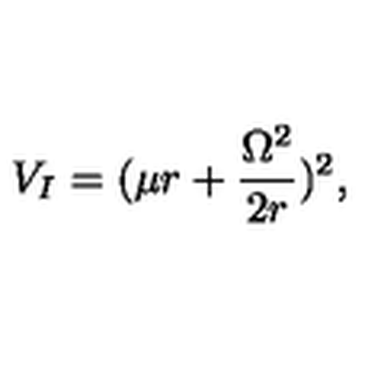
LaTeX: V _ { I } = ( \mu r + \frac { \Omega ^ { 2 } } { 2 r } ) ^ { 2 } ,